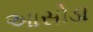
આસોડા